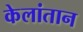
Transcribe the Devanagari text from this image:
केलांतान